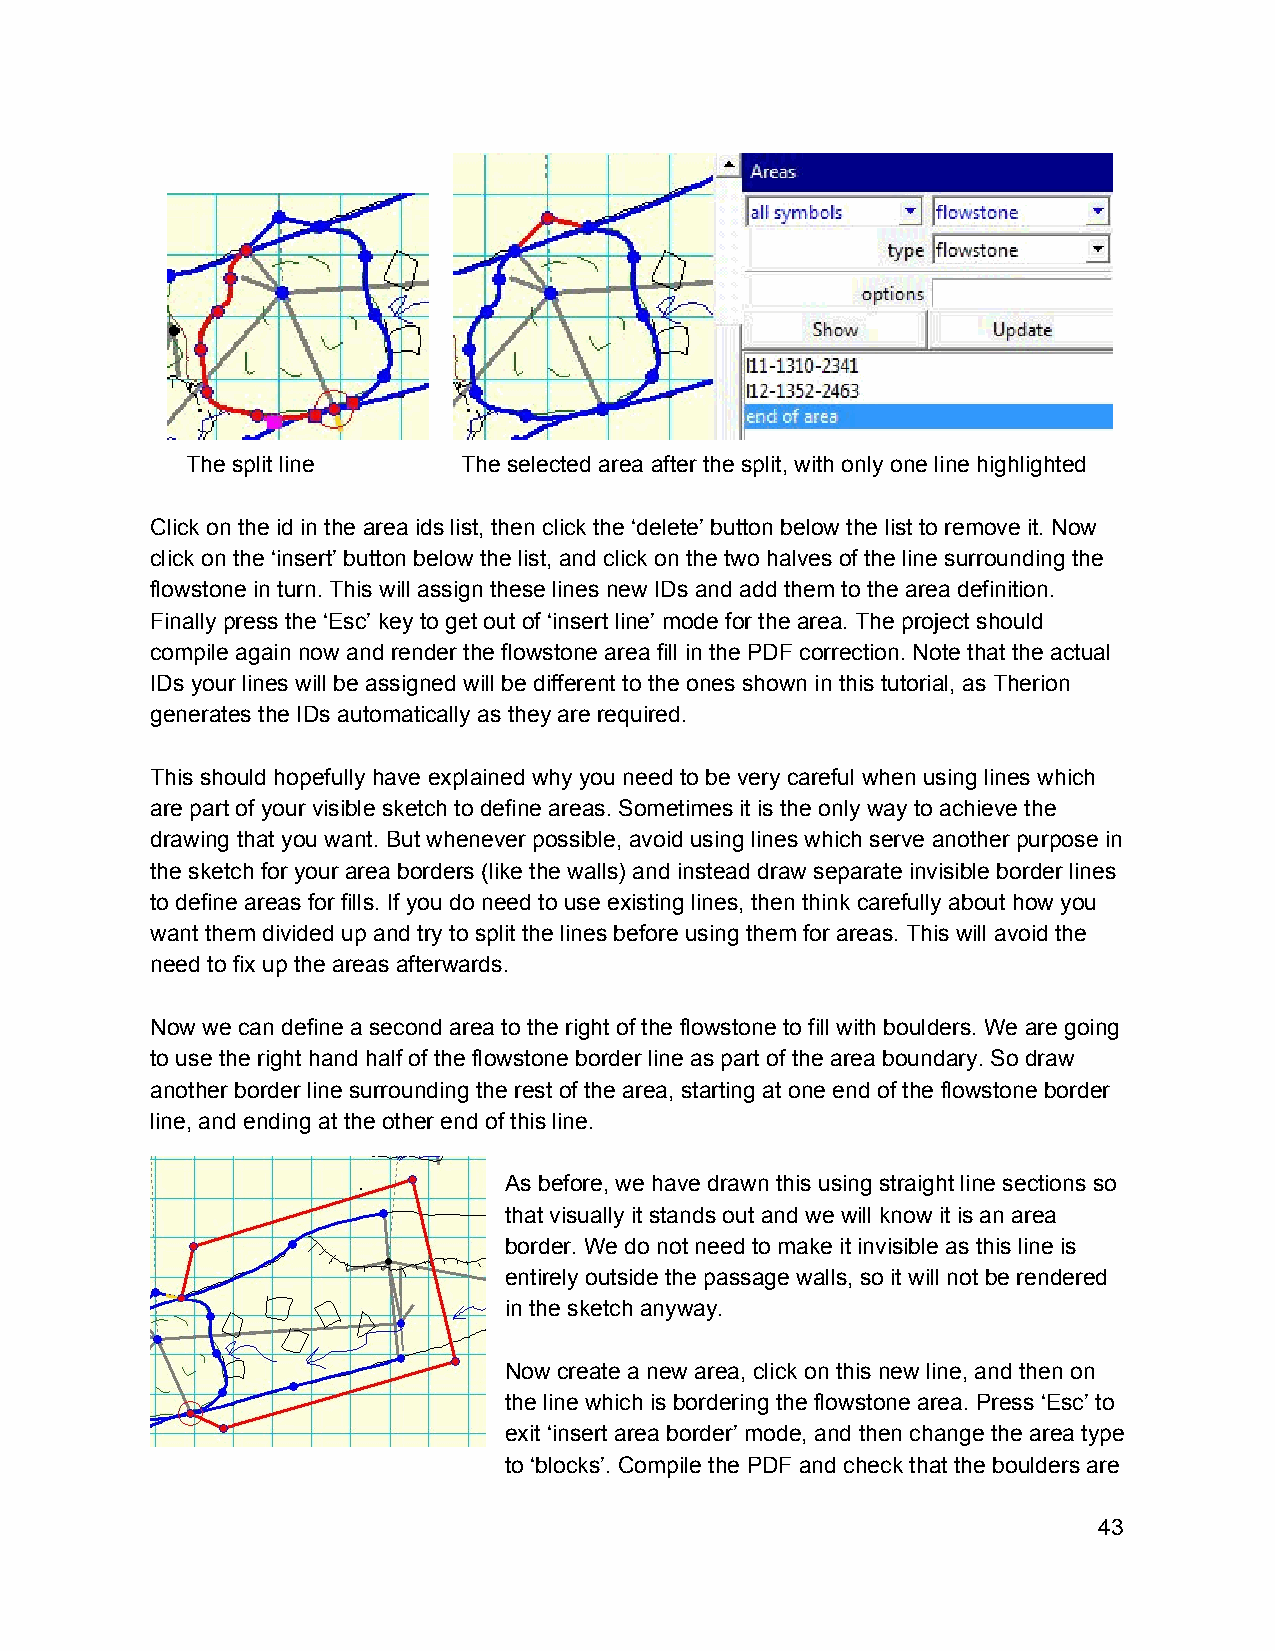
The split line     The selected area after the split, with only one line highlighted
 Click on the id in the area ids list, then click the ‘delete’ button below the list to remove it. Now
 click on the ‘insert’ button below the list, and click on the two halves of the line surrounding the
 flowstone in turn. This will assign these lines new IDs and add them to the area definition.
 Finally press the ‘Esc’ key to get out of ‘insert line’ mode for the area. The project should
 compile again now and render the flowstone area fill in the PDF correction. Note that the actual
 IDs your lines will be assigned will be different to the ones shown in this tutorial, as Therion
 generates the IDs automatically as they are required.
 This should hopefully have explained why you need to be very careful when using lines which
 are part of your visible sketch to define areas. Sometimes it is the only way to achieve the
 drawing that you want. But whenever possible, avoid using lines which serve another purpose in
 the sketch for your area borders (like the walls) and instead draw separate invisible border lines
 to define areas for fills. If you do need to use existing lines, then think carefully about how you
 want them divided up and try to split the lines before using them for areas. This will avoid the
 need to fix up the areas afterwards.
 Now we can define a second area to the right of the flowstone to fill with boulders. We are going
 to use the right hand half of the flowstone border line as part of the area boundary. So draw
 another border line surrounding the rest of the area, starting at one end of the flowstone border
 line, and ending at the other end of this line.
 As before, we have drawn this using straight line sections so
 that visually it stands out and we will know it is an area
 border. We do not need to make it invisible as this line is
 entirely outside the passage walls, so it will not be rendered
 in the sketch anyway.
 Now create a new area, click on this new line, and then on
 the line which is bordering the flowstone area. Press ‘Esc’ to
 exit ‘insert area border’ mode, and then change the area type
 to ‘blocks’. Compile the PDF and check that the boulders are
 43